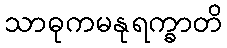
သာဓုကမနုရက္ခာတိ